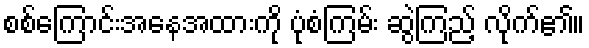
စစ်ကြောင်းအနေအထားကို ပုံစံကြမ်း ဆွဲကြည့် လိုက်၏။